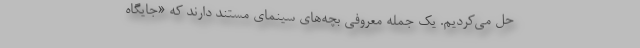
حل می‌کردیم. یک جمله معروفی بچه‌های سینمای مستند دارند که «جایگاه